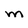
Character: M